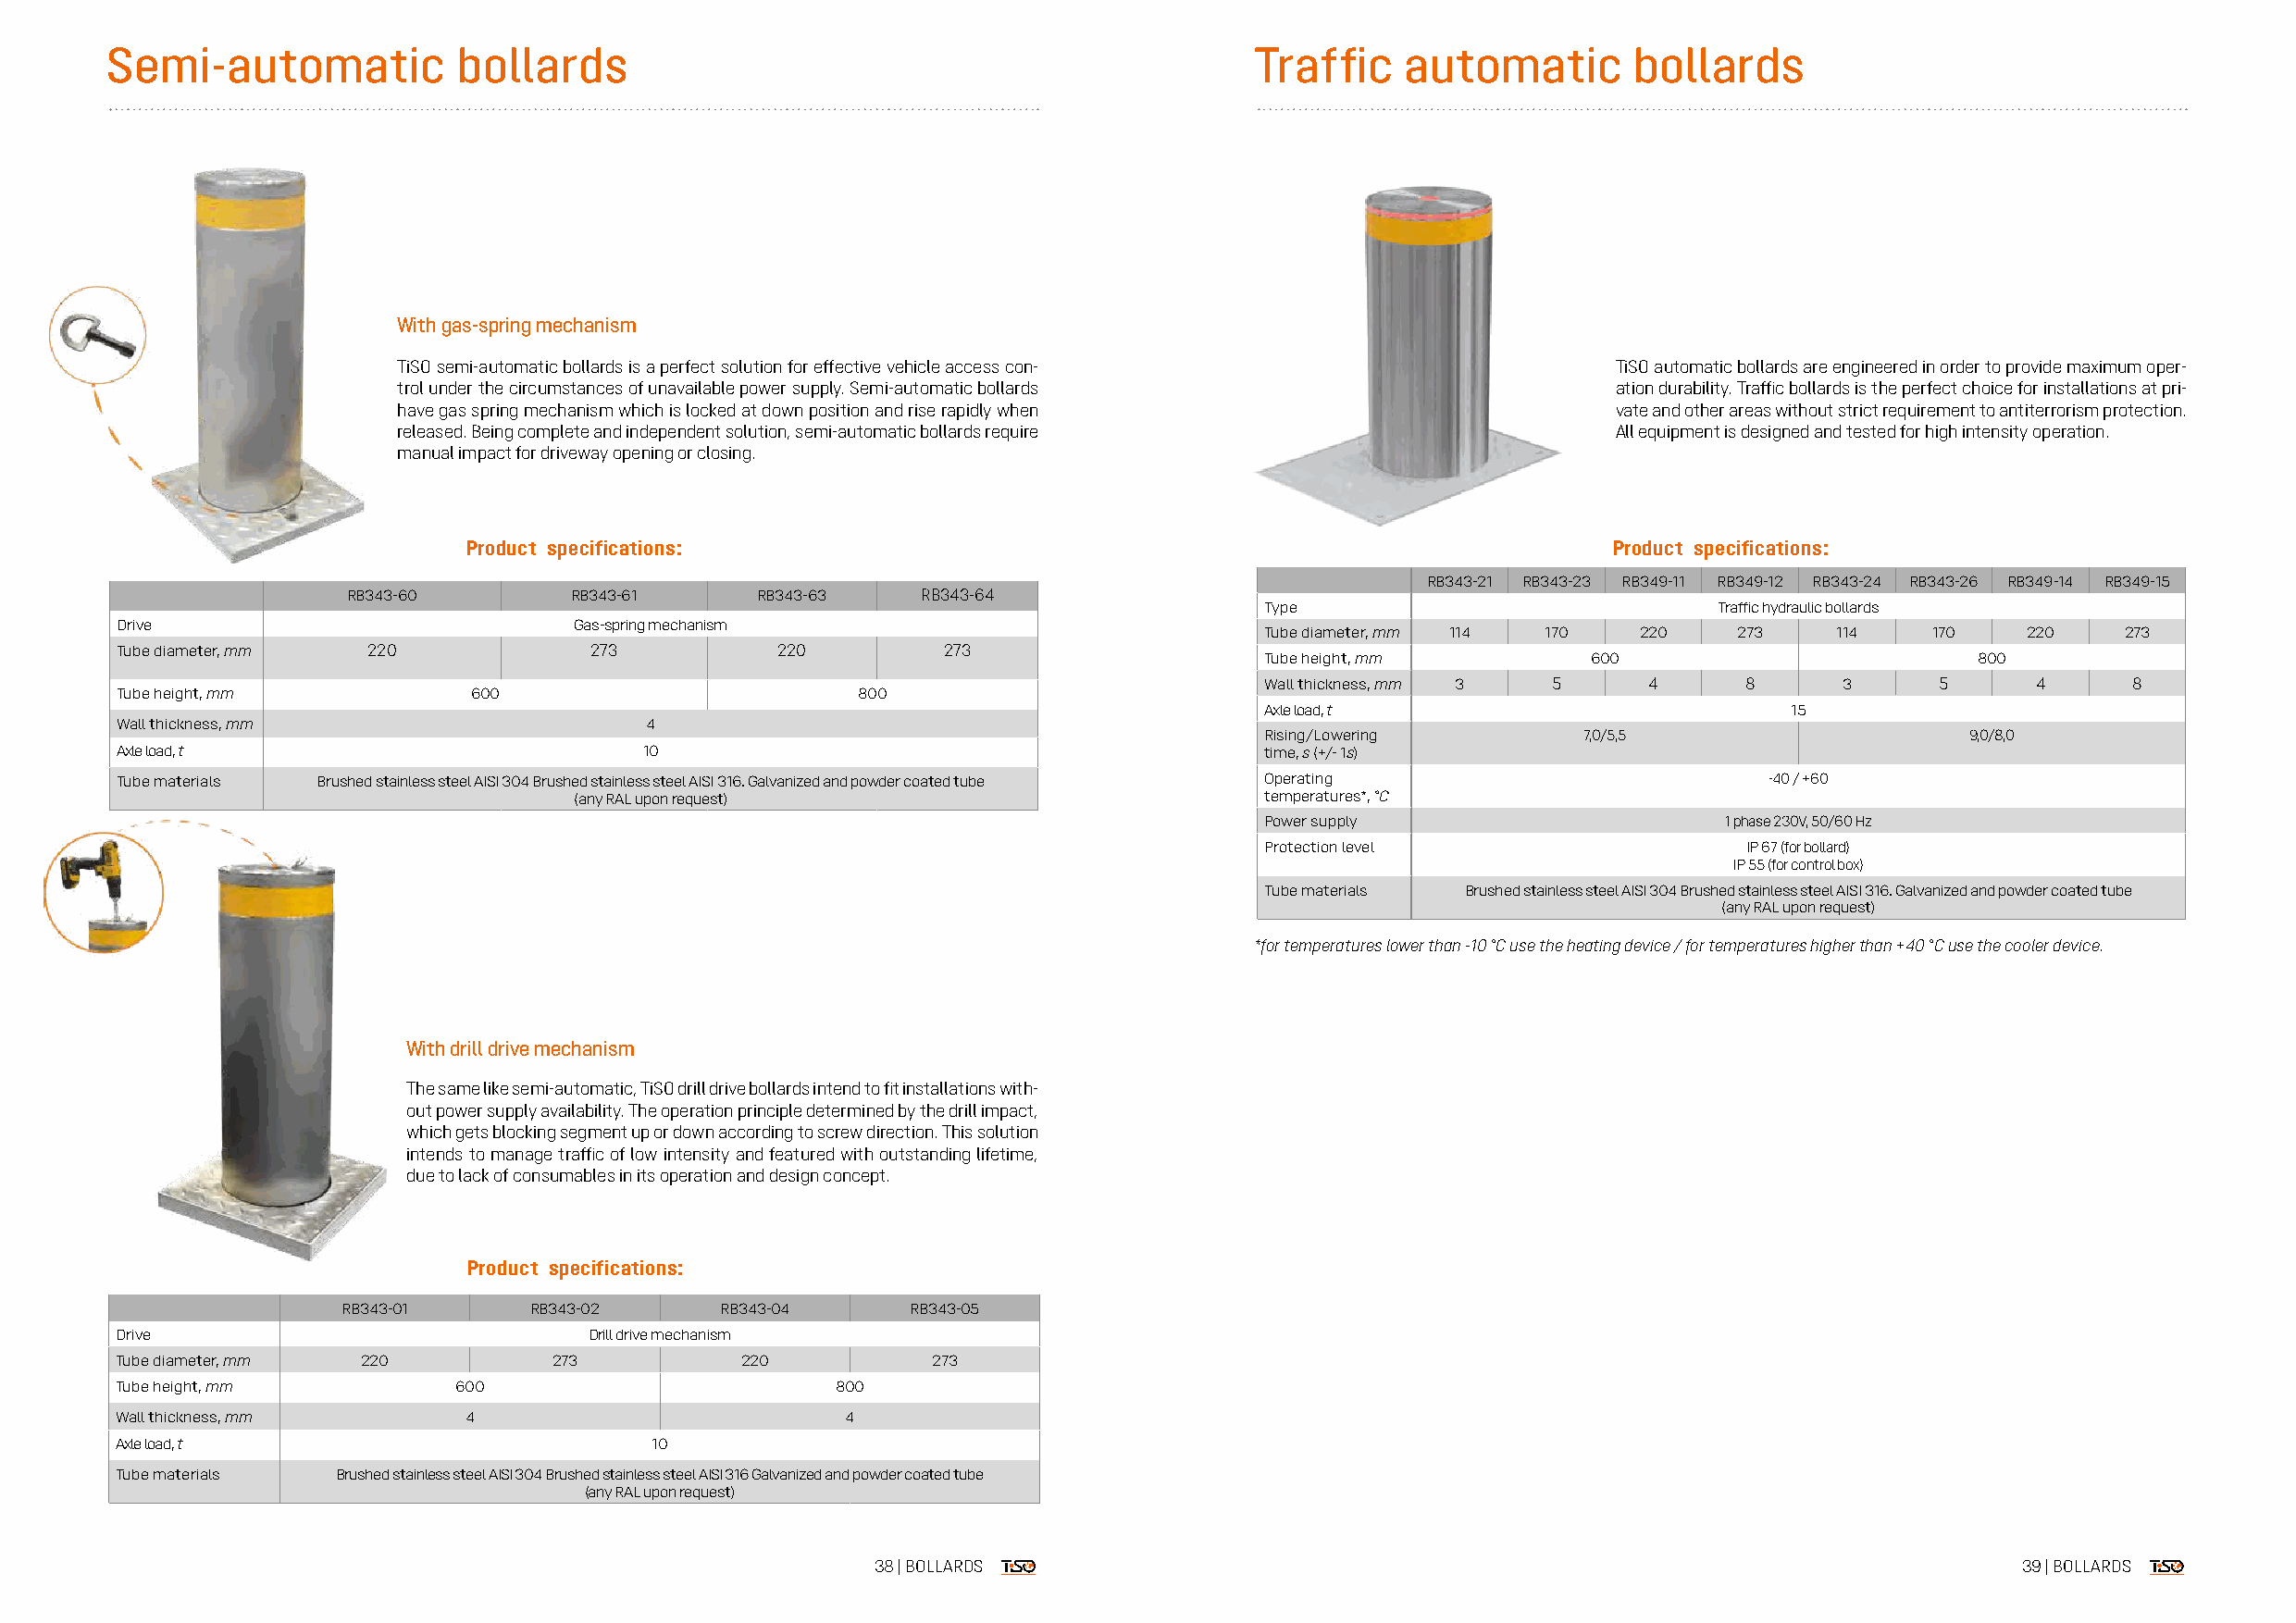
Semi-automatic           bollards                                                 Traffic   automatic        bollards
 With gas-spring mechanism
 TiSO semi-automatic bollards is a perfect solution for effective vehicle access con-    TiSO automatic bollards are engineered in order to provide maximum oper-
 trol under the circumstances of unavailable power supply. Semi-automatic bollards       ation durability. Traffic bollards is the perfect choice for installations at pri-
 have gas spring mechanism which is locked at down position and rise rapidly when        vate and other areas without strict requirement to antiterrorism protection.
 released. Being complete and independent solution, semi-automatic bollards require      All equipment is designed and tested for high intensity operation.
 manual impact for driveway opening or closing.
 Product specifications:                                                           Product specifications:
 RB343-21 RB343-23 RB349-11 RB349-12 RB343-24 RB343-26 RB349-14 RB349-15
 RB343-60        RB343-61     RB343-63    RB343-64
 Type                             Traffic hydraulic bollards
 Drive                            Gas-spring mechanism
 Tube diameter, mm 114 170  220    273    114    170    220    273
 Tube diameter, mm 220             273           220         273
 Tube height, mm         600                        800
 Wall thickness, mm 3 5      4      8      3      5      4      8
 Tube height, mm           600                        800
 Axle load, t                          15
 Wall thickness, mm                    4
 Rising/Lowering        7,0/5,5                     9,0/8,0
 Axle load, t                          10                                          time, s (+/- 1s)
 Tube materials Brushed stainless steel AISI 304 Brushed stainless steel AISI 316. Galvanized and powder coated tube Operating -40 / +60
 (any RAL upon request)                           temperatures*, °C
 Power supply                     1 phase 230V, 50/60 Hz
 Protection level                   IP 67 (for bollard)
 IP 55 (for control box)
 Tube materials Brushed stainless steel AISI 304 Brushed stainless steel AISI 316. Galvanized and powder coated tube
 (any RAL upon request)
 *for temperatures lower than -10 °C use the heating device / for temperatures higher than +40 °C use the cooler device.
 With drill drive mechanism
 The same like semi-automatic, TiSO drill drive bollards intend to fit installations with-
 out power supply availability. The operation principle determined by the drill impact,
 which gets blocking segment up or down according to screw direction. This solution
 intends to manage traffic of low intensity and featured with outstanding lifetime,
 due to lack of consumables in its operation and design concept.
 Product specifications:
 RB343-01      RB343-02      RB343-04     RB343-05
 Drive                             Drill drive mechanism
 Tube diameter, mm 220          273           220           273
 Tube height, mm          600                        800
 Wall thickness, mm       4                          4
 Axle load, t                           10
 Tube materials  Brushed stainless steel AISI 304 Brushed stainless steel AISI 316 Galvanized and powder coated tube
 (any RAL upon request)
 38 | BOLLARDS                                                                     39 | BOLLARDS